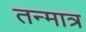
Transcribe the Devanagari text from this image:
तन्मात्र